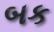
બક